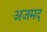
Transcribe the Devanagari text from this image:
अजमद